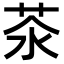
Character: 𦮭